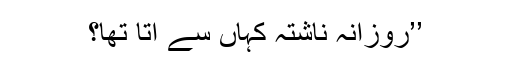
’’روزانہ ناشتہ کہاں سے آتا تھا؟